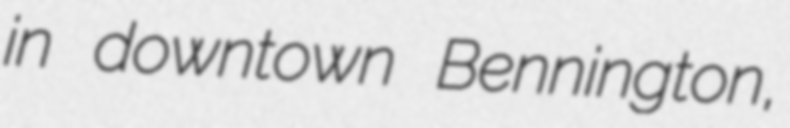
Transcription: in downtown Bennington,